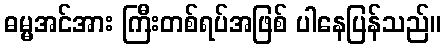
ဓမ္မအင်အား ကြီးတစ်ရပ်အဖြစ် ပါနေပြန်သည်။